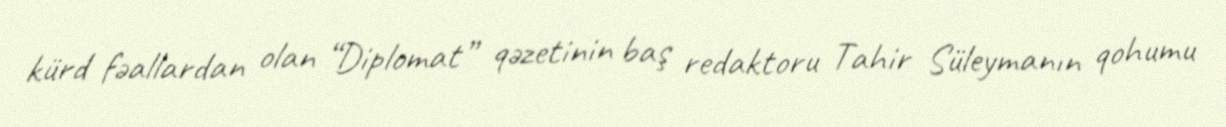
kürd fəallardan olan “Diplomat” qəzetinin baş redaktoru Tahir Süleymanın qohumu